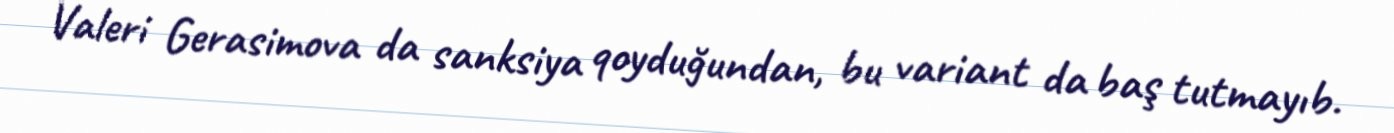
Valeri Gerasimova da sanksiya qoyduğundan, bu variant da baş tutmayıb.